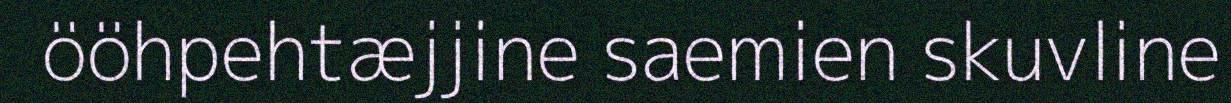
ööhpehtæjjine saemien skuvline